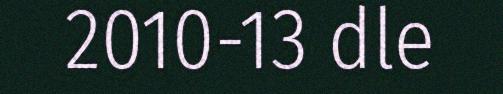
2010-13 dle